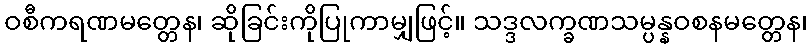
ဝစီကရဏမတ္တေန၊ ဆိုခြင်းကိုပြုကာမျှဖြင့်။ သဒ္ဒလက္ခဏသမ္ပန္နဝစနမတ္တေန၊